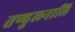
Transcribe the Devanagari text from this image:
तण्डुलनालि